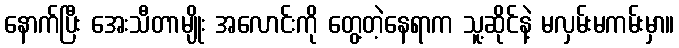
နောက်ပြီး အေးသီတာမျိုး အလောင်းကို တွေ့တဲ့နေရာက သူ့ဆိုင်နဲ့ မလှမ်းမကမ်းမှာ။